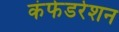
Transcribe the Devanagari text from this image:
कंफेडरेशन